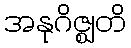
အနုဂိဇ္ဈတိ